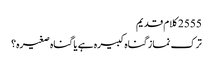
2555 کلام قدیم
ترک نماز گناہ کبیرہ ہے یا گناہ صغیرہ؟